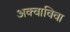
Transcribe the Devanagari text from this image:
अक्वाविवा